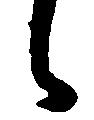
々